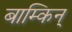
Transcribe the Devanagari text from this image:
बाम्किन्